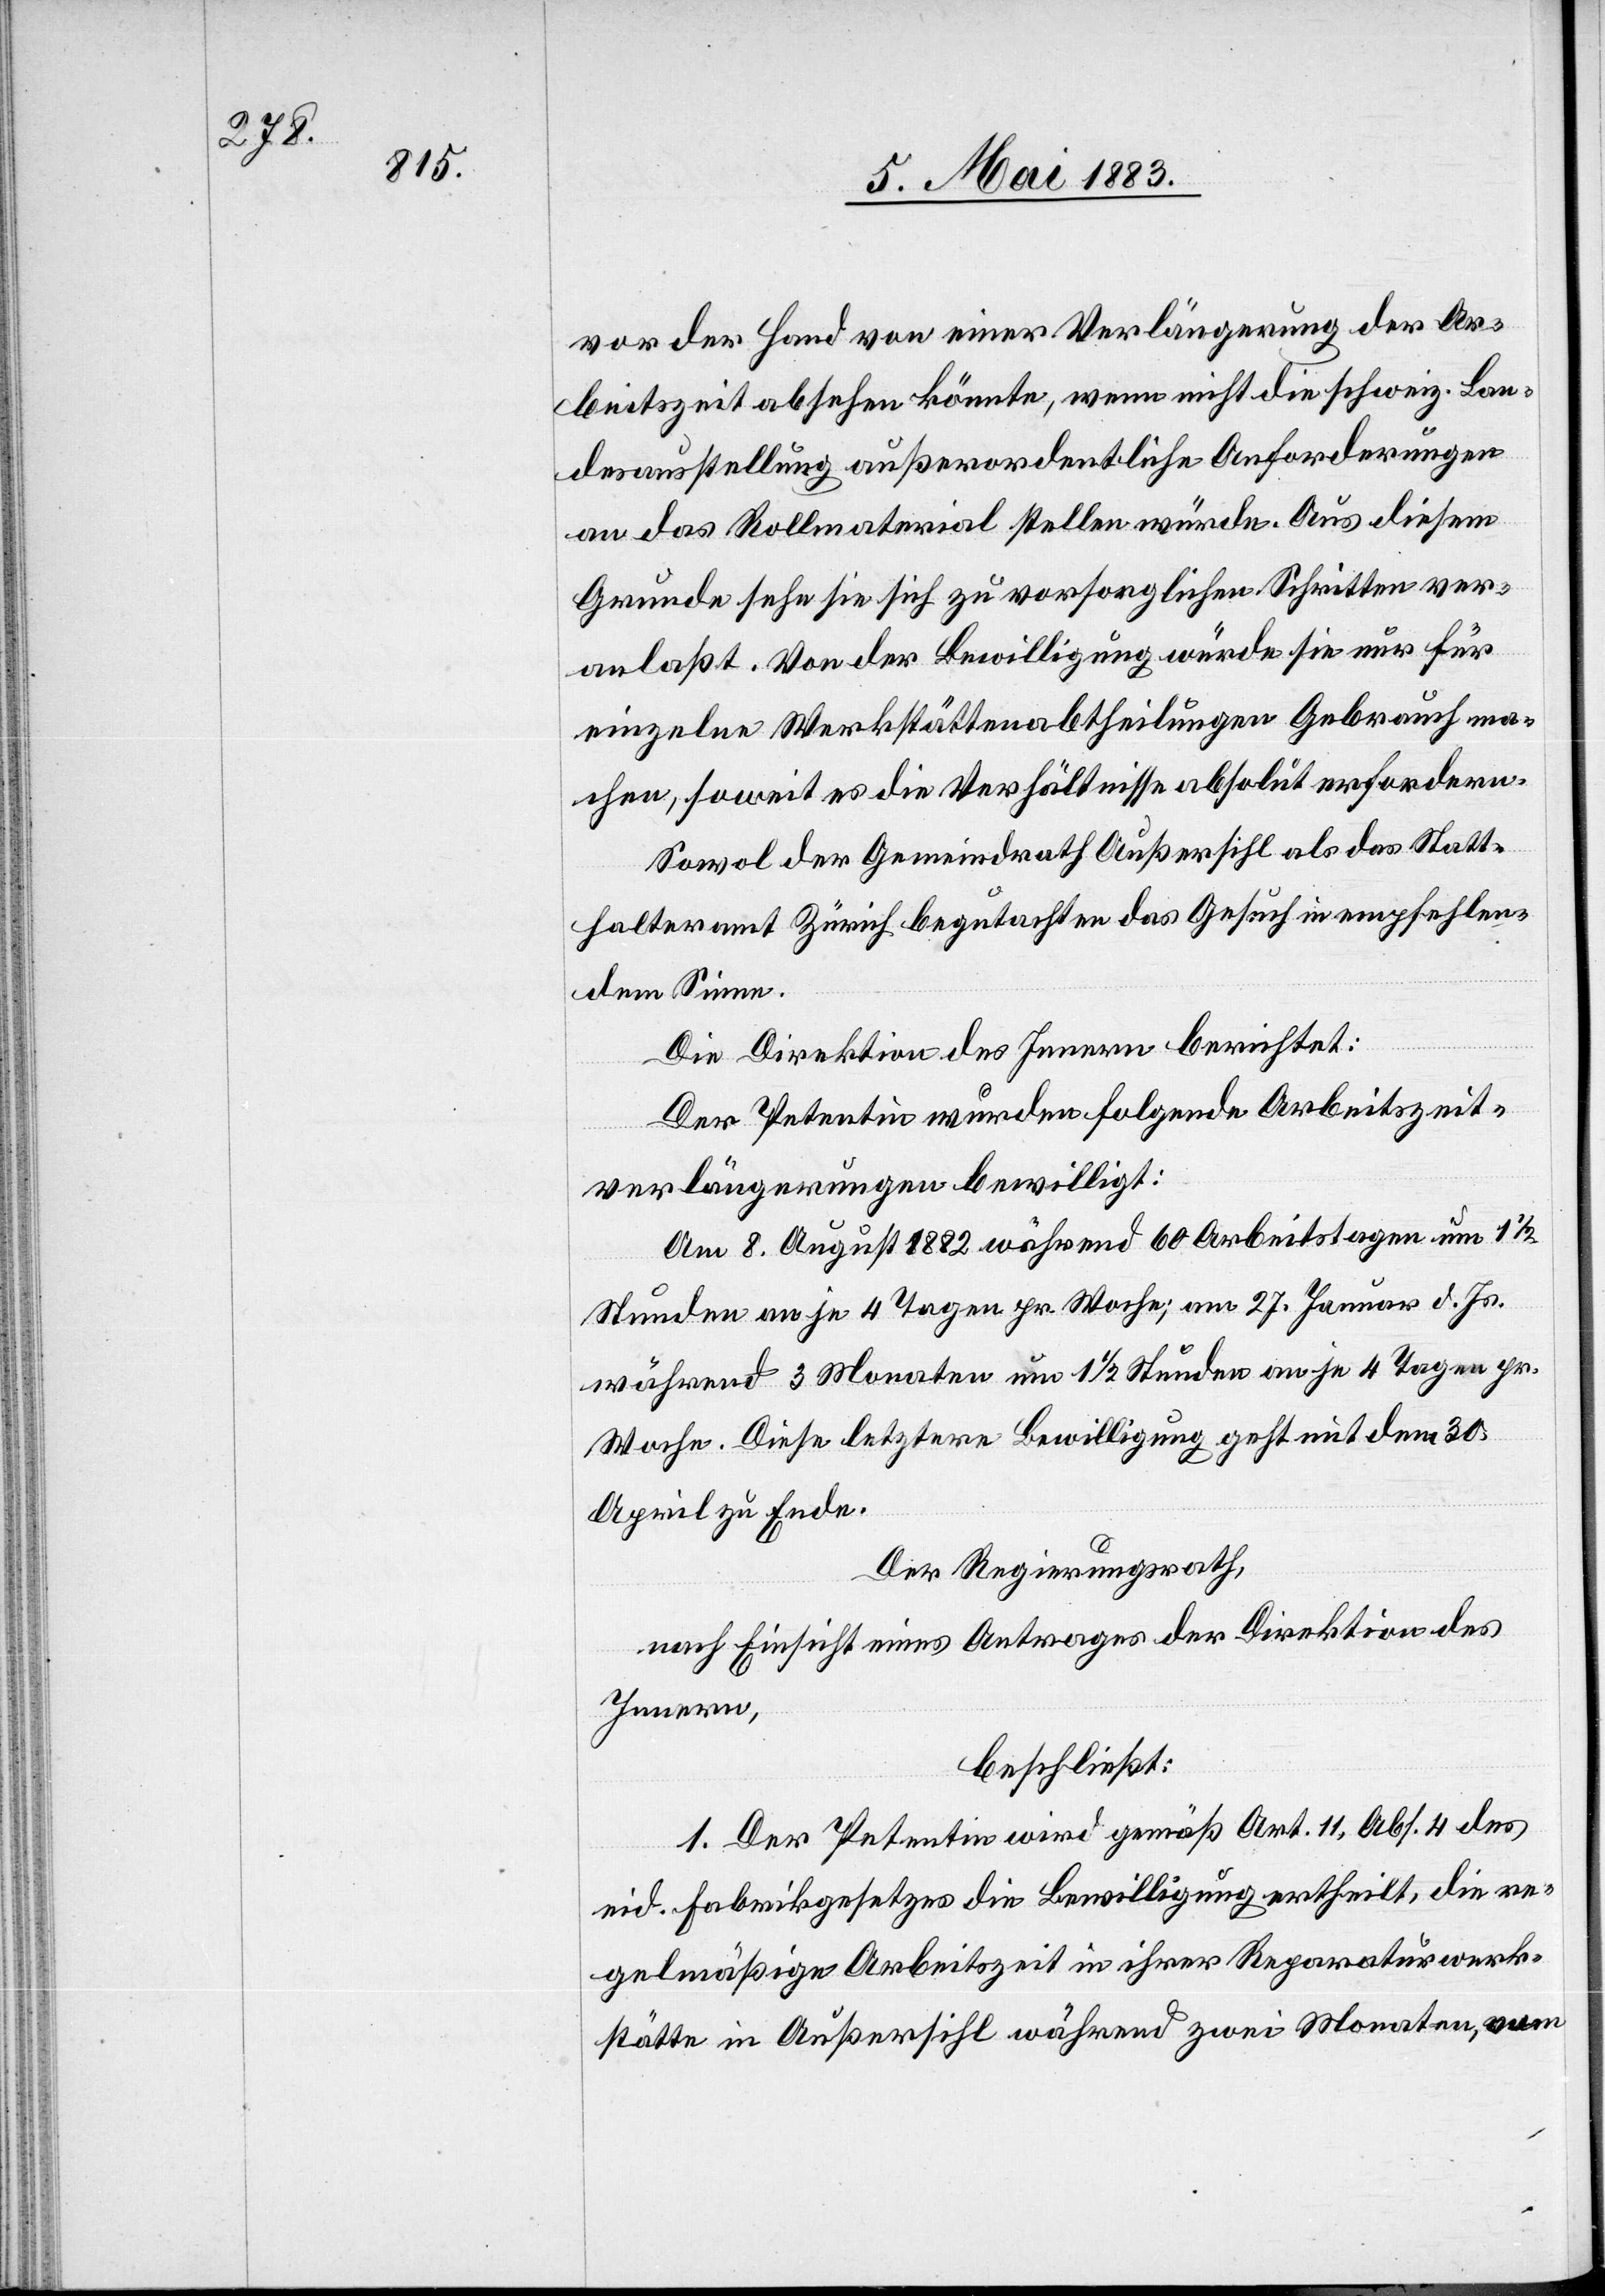
vor der Hand von einer Verlängerung der Ar¬
beitszeit absehen könnte, wenn nicht die schweiz. Bun¬
desausstellung außerordentliche Anforderungen
an das Rollmaterial stellen würde. Aus diesem
Grunde sehe sie sich zu vorsorglichen Schritten ver¬
anlaßt. Von der Bewilligung würde sie nur für
einzelne Werkstättenabtheilungen Gebrauch ma¬
chen, soweit es die Verhältnisse absolut erfordern.
Sowol der Gemeindrath Außersihl als das Statt¬
halteramt Zürich begutachten das Gesuch in empfehlen¬
dem Sinne.
Die Direktion des Innern berichtet:
Der Petentin wurden folgende Arbeitszeit¬
verlängerungen bewilligt:
Am 8. August 1882 während 60 Arbeitstagen um 1 1/2
Stunden an je 4 Tagen pr. Woche; am 27. Januar d. Js.
während 3 Monaten um 1 1/2 Stunden an je 4 Tagen pr.
Woche. Diese letztere Bewilligung geht mit dem 30.
April zu Ende.
Der Regierungsrath,
nach Einsicht eines Antrages der Direktion des
Innern,
beschließt:
1. Der Petentin wird gemäß Art. 11, Abs. 4 des
eid. Fabrikgesetzes die Bewilligung ertheilt, die re¬
gelmäßige Arbeitszeit in ihrer Reparaturwerk¬
stätte in Außersihl während zwei Monaten, vom